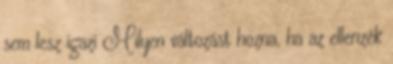
sem lesz igazi Milyen változást hozna, ha az ellenzék